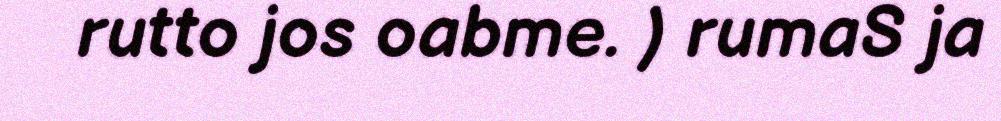
rutto jos oabme. ) rumaS ja